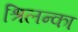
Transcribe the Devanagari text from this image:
श्रिलन्का